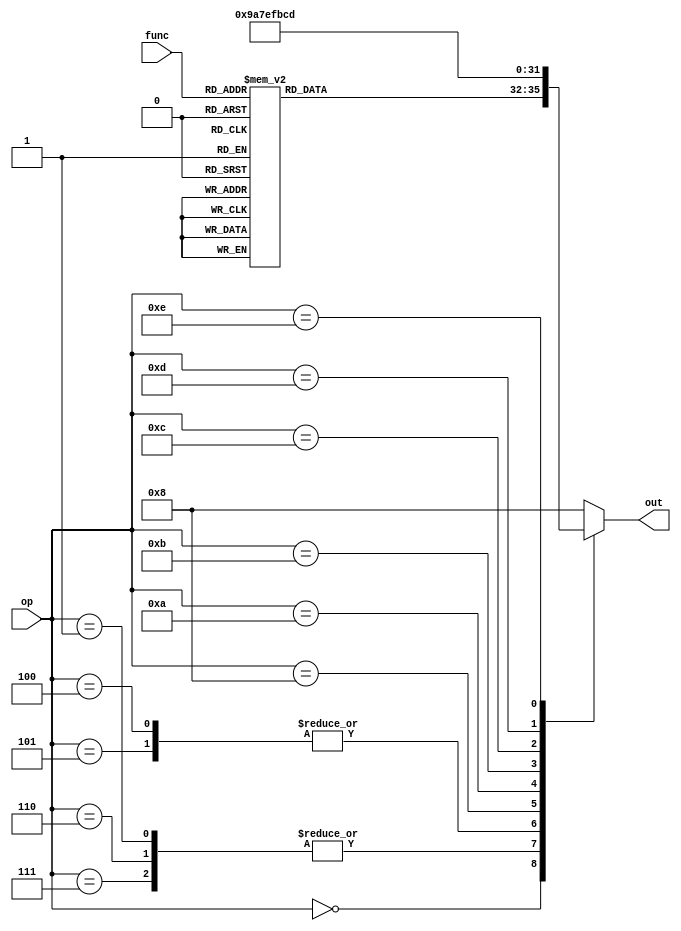
module ALUCtrl(
  op, func, out
);

input [5:0] op, func;
output reg [3:0] out;



always @ (op or func) begin
  case (op)
    0:
      case (func)
        0, 4: out = 0; //SLL, SLLV
        2, 6: out = 1; //SRL, SRLV
        3, 7: out = 2; //SRA, SRAV
        24: out = 3; //MULT
        25: out = 4; //MULTU
        26: out = 5; //DIV
        27: out = 6; //DIVU
        32: out = 7; //ADD
        33: out = 8; //ADDU
        34: out = 9; //SUB
        35: out = 10; //SUBU
        36: out = 11; //AND
        37: out = 12; //OR
        38: out = 13; //XOR
        42: out = 14; //SLT
        43: out = 15; //SLTU
        default: out = 8;
      endcase
    1, 6, 7: out = 9; //SUB
    4, 5: out = 10; //SUBU
    8: out = 7; //ADD
    9: out = 8; //ADDU
    10: out = 14; //SLT
    11: out = 15; //SLTU
    12: out = 11; //AND
    13: out = 12; //OR
    14: out = 13; //XOR
    15: out = 8; //LUI
    default: out = 8;
  endcase
end

endmodule